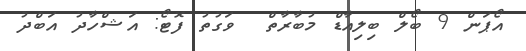
އޯޕަން 9 ބޯލް ބިލިއާޑް މުބާރާތް  ވަގުތު ފޮޓޯ: އަޝްހާދު އަބްދު